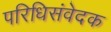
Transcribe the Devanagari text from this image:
परिधिसंवेदक